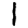
Digit: 1